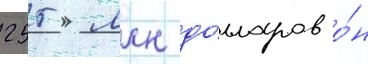
255 млн до́лларов о́н